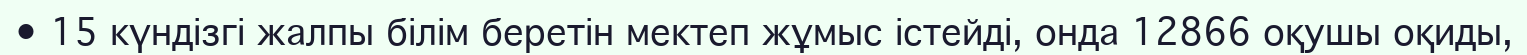
• 15 күндізгі жалпы білім беретін мектеп жұмыс істейді, онда 12866 оқушы оқиды,